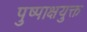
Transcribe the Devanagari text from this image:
पुष्पाक्षयुक्त